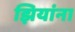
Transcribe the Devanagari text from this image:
झियांना